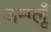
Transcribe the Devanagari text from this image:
जन्ग्लूँ